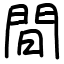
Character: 間